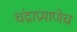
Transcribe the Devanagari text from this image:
चंद्राप्रमाणेच